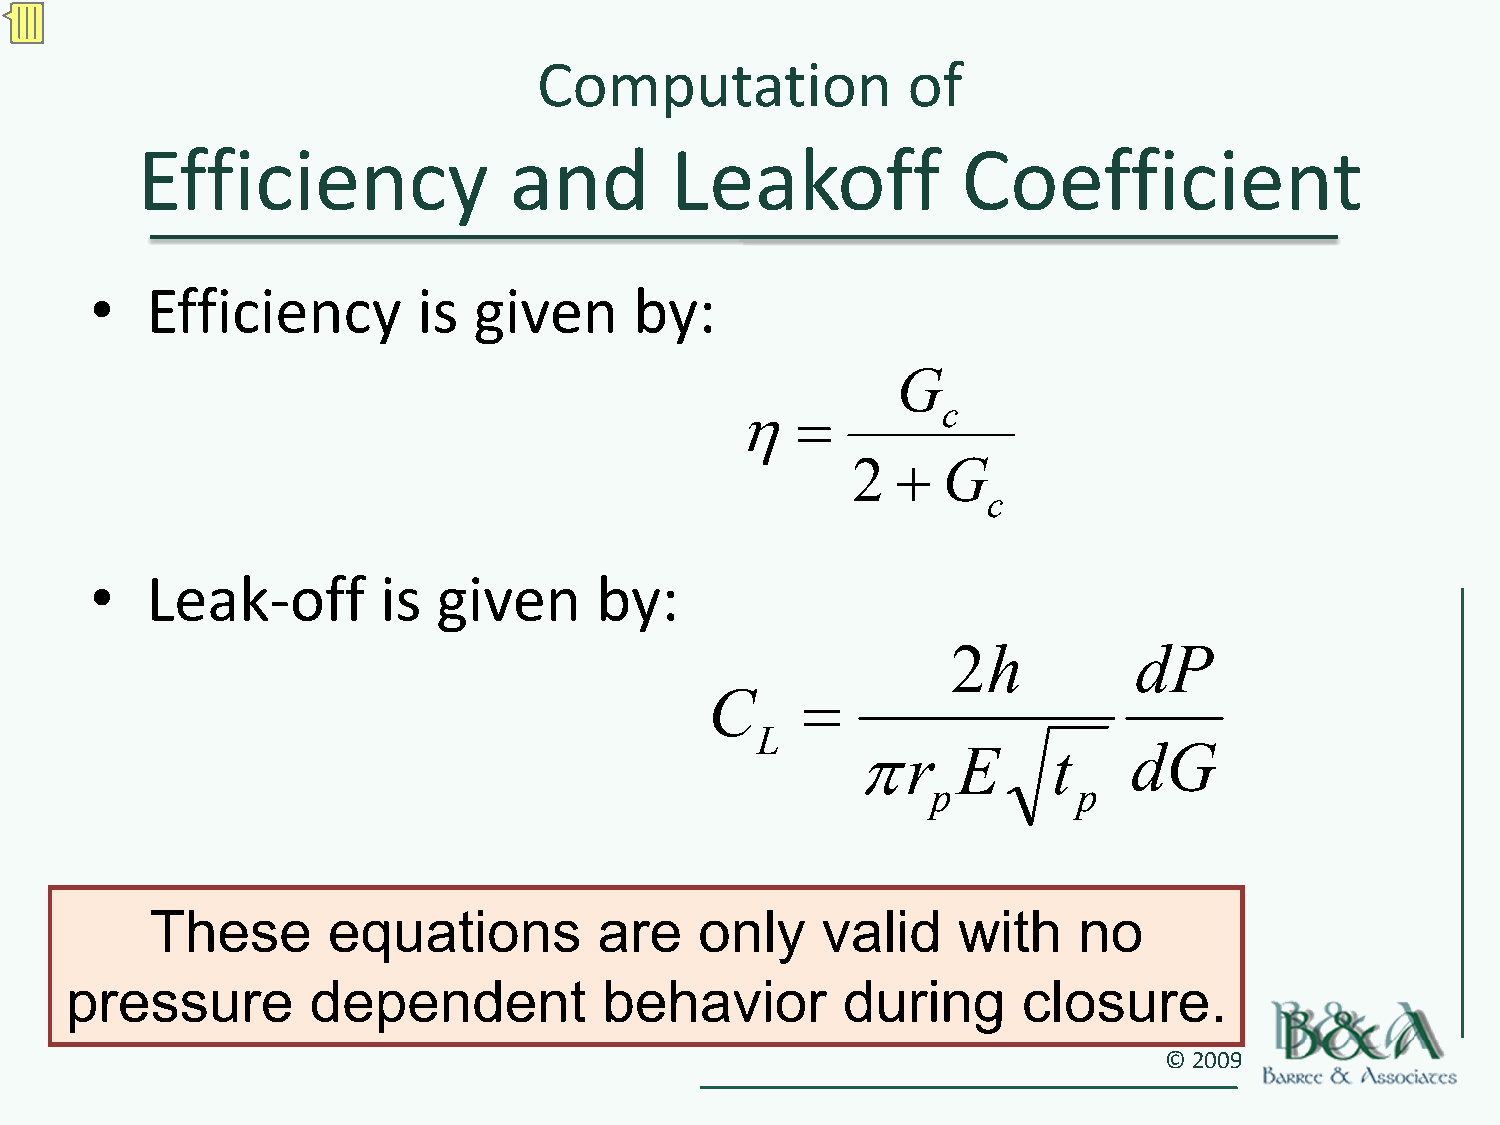
Computation             of
 Efficiency               and       Leakoff             Coefficient
 •   Efficiency        is given      by:
 G
 η=           c
 2  +  G
 c
 •   Leak‐off       is  given     by:
 2h          dP
 C     =
 L
 πr    E      t    dG
 p        p
 These       equations         are   only    valid    with    no
 pressure        dependent           behavior        during      closure.
 © 2009